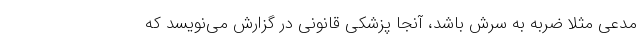
مدعی مثلا ضربه به سرش باشد، آنجا پزشکی قانونی در گزارش می‌نویسد که